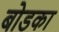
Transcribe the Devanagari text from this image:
बोडका